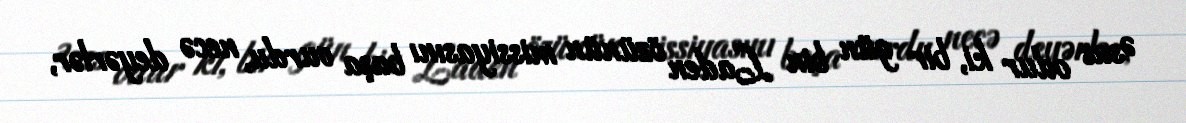
Əsas odur ki, bir gün bin Laden özünün missiyasını başa vurdu, necə deyərlər,